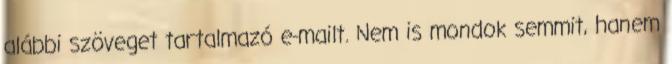
alábbi szöveget tartalmazó e-mailt. Nem is mondok semmit, hanem